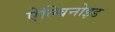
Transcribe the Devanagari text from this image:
ऐल्बिनोइड